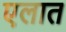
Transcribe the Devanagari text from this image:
एलात